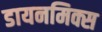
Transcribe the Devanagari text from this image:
डायनमिक्स